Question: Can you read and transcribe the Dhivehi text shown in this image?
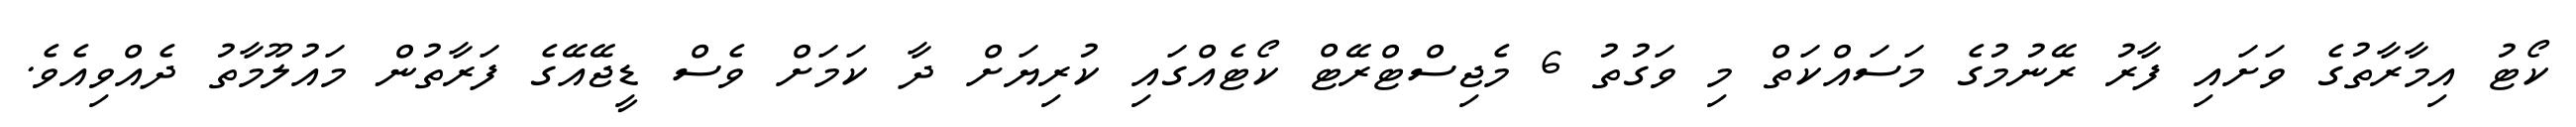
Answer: ކޯޓު އިމާރާތުގެ ވަށައި ފާރު ރޭނުމުގެ މަސައްކަތް މި ވަގުތު 6 މެޖިސްޓްރޭޓް ކޯޓެއްގައި ކުރިޔަށް ދާ ކަމަށް ވެސް ޑީޖޭއޭގެ ފަރާތުން މައުލޫމާތު ދެއްވިއެވެ.